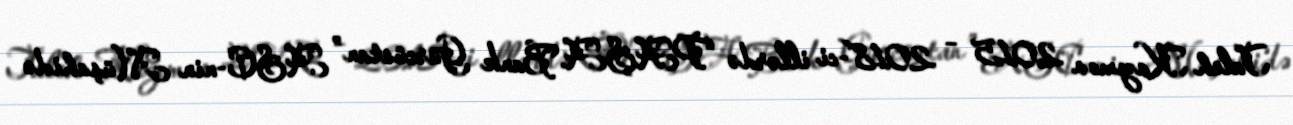
Taleh Kazımov 2015 – 2018-ci illərdə “PAŞA Bank Gürcüstan” ASC-nin Müşahidə